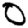
Digit: 0